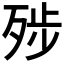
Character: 𰙿